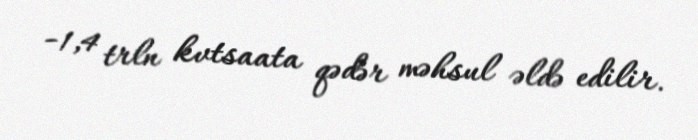
−1,4 trln kvtsaata qədər məhsul əldə edilir.